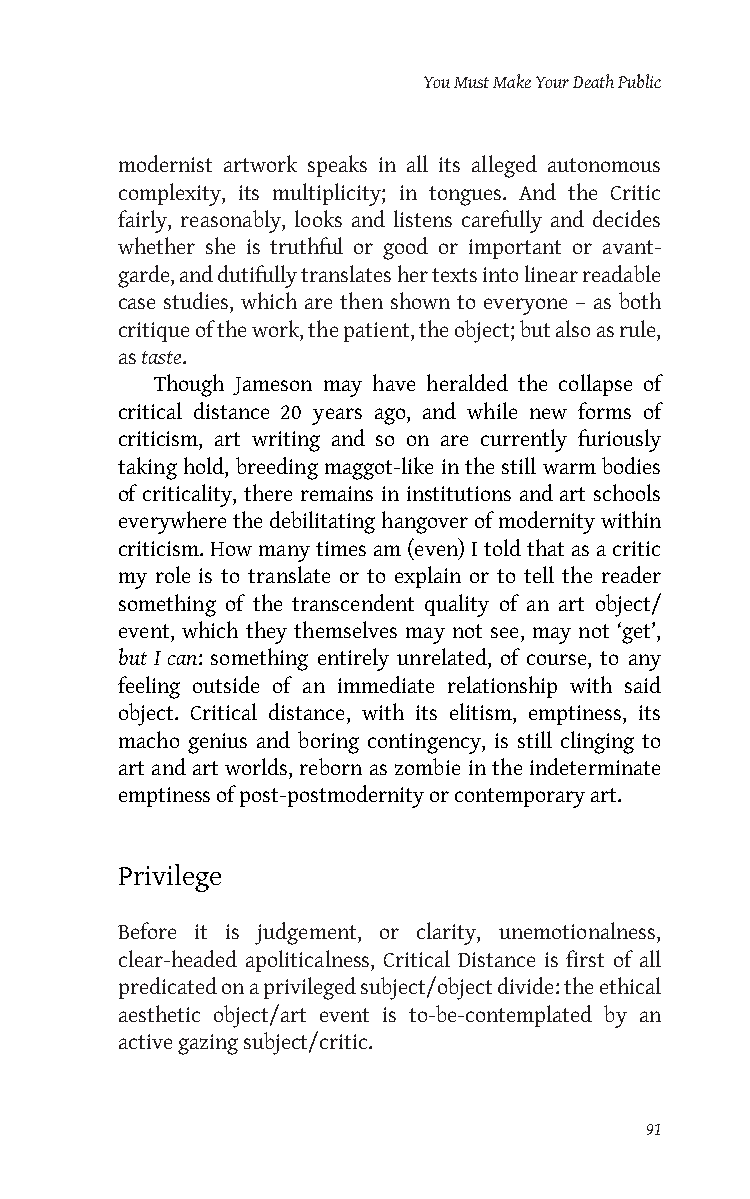
You Must Make Your Death Public
 modernist artwork speaks in all its alleged autonomous
 complexity, its multiplicity; in tongues. And the Critic
 fairly, reasonably, looks and listens carefully and decides
 whether she is truthful or good or important or avant-
 garde, and dutifully translates her texts into linear readable
 case studies, which are then shown to everyone – as both
 critique of the work, the patient, the object; but also as rule,
 as taste.
 Though Jameson may have heralded the collapse of
 critical distance 20 years ago, and while new forms of
 criticism, art writing and so on are currently furiously
 taking hold, breeding maggot-like in the still warm bodies
 of criticality, there remains in institutions and art schools
 everywhere the debilitating hangover of modernity within
 criticism. How many times am (even) I told that as a critic
 my role is to translate or to explain or to tell the reader
 something of the transcendent quality of an art object/
 event, which they themselves may not see, may not ‘get’,
 but I can: something entirely unrelated, of course, to any
 feeling outside of an immediate relationship with said
 object. Critical distance, with its elitism, emptiness, its
 macho genius and boring contingency, is still clinging to
 art and art worlds, reborn as zombie in the indeterminate
 emptiness of post-postmodernity or contemporary art.
 Privilege
 Before it is judgement, or clarity, unemotionalness,
 clear-headed apoliticalness, Critical Distance is first of all
 predicated on a privileged subject/object divide: the ethical
 aesthetic object/art event is to-be-contemplated by an
 active gazing subject/critic.
 91